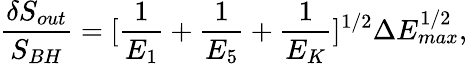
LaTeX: \frac{\delta S_{out}}{S_{BH}}=[\frac{1}{E_{1}}+\frac{1}{E_{5}}+\frac{1}{E_{K}}]^{1/2}\Delta E_{max}^{1/2},